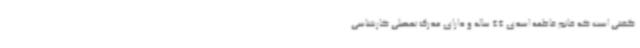
گفتنی است که خانم فاطمه اسدی 44 ساله و دارای مدرک تحصیلی کارشناسی